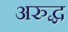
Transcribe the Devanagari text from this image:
अरुद्ध